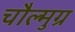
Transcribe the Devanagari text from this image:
चौल्मुग्र